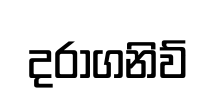
දරාගනිව්